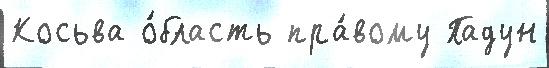
Косьва о́бласть пра́вому Падун